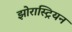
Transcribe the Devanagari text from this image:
झोरास्ट्रियन